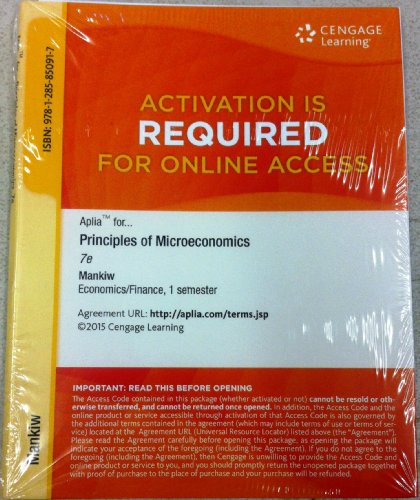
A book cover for Aplia for Principles of Microeconomics 7e; Gregory Mankiw; Business & Money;